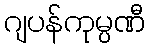
ဂျပန်ကုမ္ပဏီ